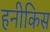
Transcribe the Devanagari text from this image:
हनीकिस